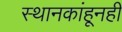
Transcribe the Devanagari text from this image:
स्थानकांहूनही